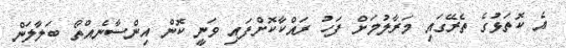
އެ ކޮތަޅުގެ ތެރޭގައި މަރާލުމަށް ފަހު ރައްކާކޮށްފައި ވަނީ ކޮން އިންސާނެއްތޯ ބަލާލަން